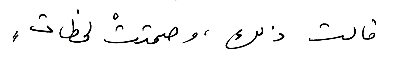
قالت ذلك، وصمتتْ لحظاتٍ